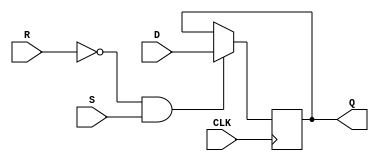
module d_flipflop (
    input D, CLK, R, S,
    output reg Q
);

always @(posedge CLK) begin
    if (R == 0 && S == 1) begin
        Q <= D;
    end else if (R == 1 && S == 0) begin
        Q <= Q;
    end
end

endmodule